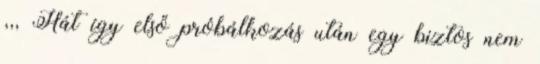
,,, Hát így első próbálkozás után egy biztos nem